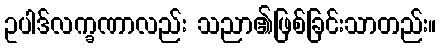
ဥပါဒ်လက္ခဏာလည်း သညာ၏ဖြစ်ခြင်းသာတည်း။